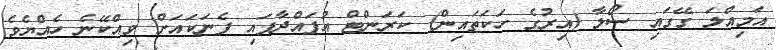
އަމިއްލަ ގޭގައި ސޯލާ (އިރުގެ ހަކަތައިން) ކަރަންޓް އުފައްދާފައި ފެނަކައަށް ވިއްކޭނެ ހެއްޔެވެ